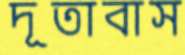
দূতাবাস